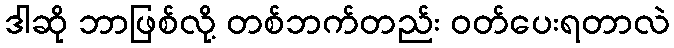
ဒါဆို ဘာဖြစ်လို့ တစ်ဘက်တည်း ဝတ်ပေးရတာလဲ